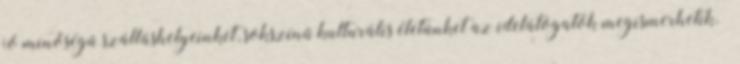
jó minőségű szálláshelyeinket, sokszínű kulturális életünket az idelátogatók megismerhetik.”